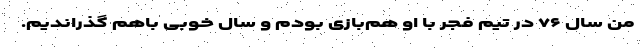
من سال ۷۶ در تیم فجر با او هم‌بازی بودم و سال خوبی باهم گذراندیم.